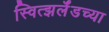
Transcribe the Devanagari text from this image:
स्वित्झर्लॅडच्या